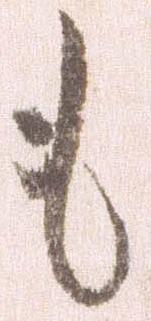
も